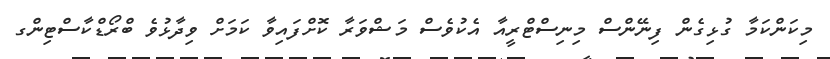
މިކަންކަމާ ގުޅިގެން ފިނޭންސް މިނިސްޓްރީއާ އެކުވެސް މަޝްވަރާ ކޮށްފައިވާ ކަމަށް ވިދާޅުވެ ބްރޯޑްކާސްޓިންގ